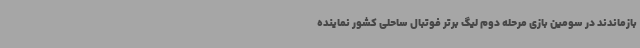
بازماندند در سومین بازی مرحله دوم لیگ برتر فوتبال ساحلی کشور نماینده